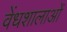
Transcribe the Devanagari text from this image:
वेंधशालाओं